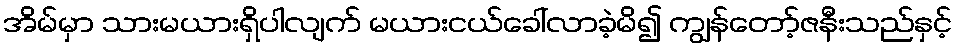
အိမ်မှာ သားမယားရှိပါလျက် မယားငယ်ခေါ်လာခဲ့မိ၍ ကျွန်တော့်ဇနီးသည်နှင့်